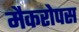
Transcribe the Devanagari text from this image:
मैकरोपस